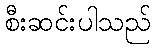
စီးဆင်းပါသည်